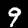
Digit: 9